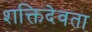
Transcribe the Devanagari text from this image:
शक्तिदेवता